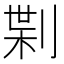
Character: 𠝝